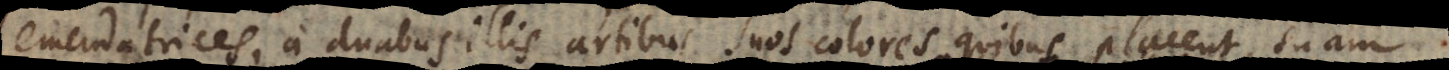
emendatrices, a duabus illis artibus suos colores quibus placent, sua